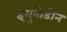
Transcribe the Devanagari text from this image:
इगुनोडोन